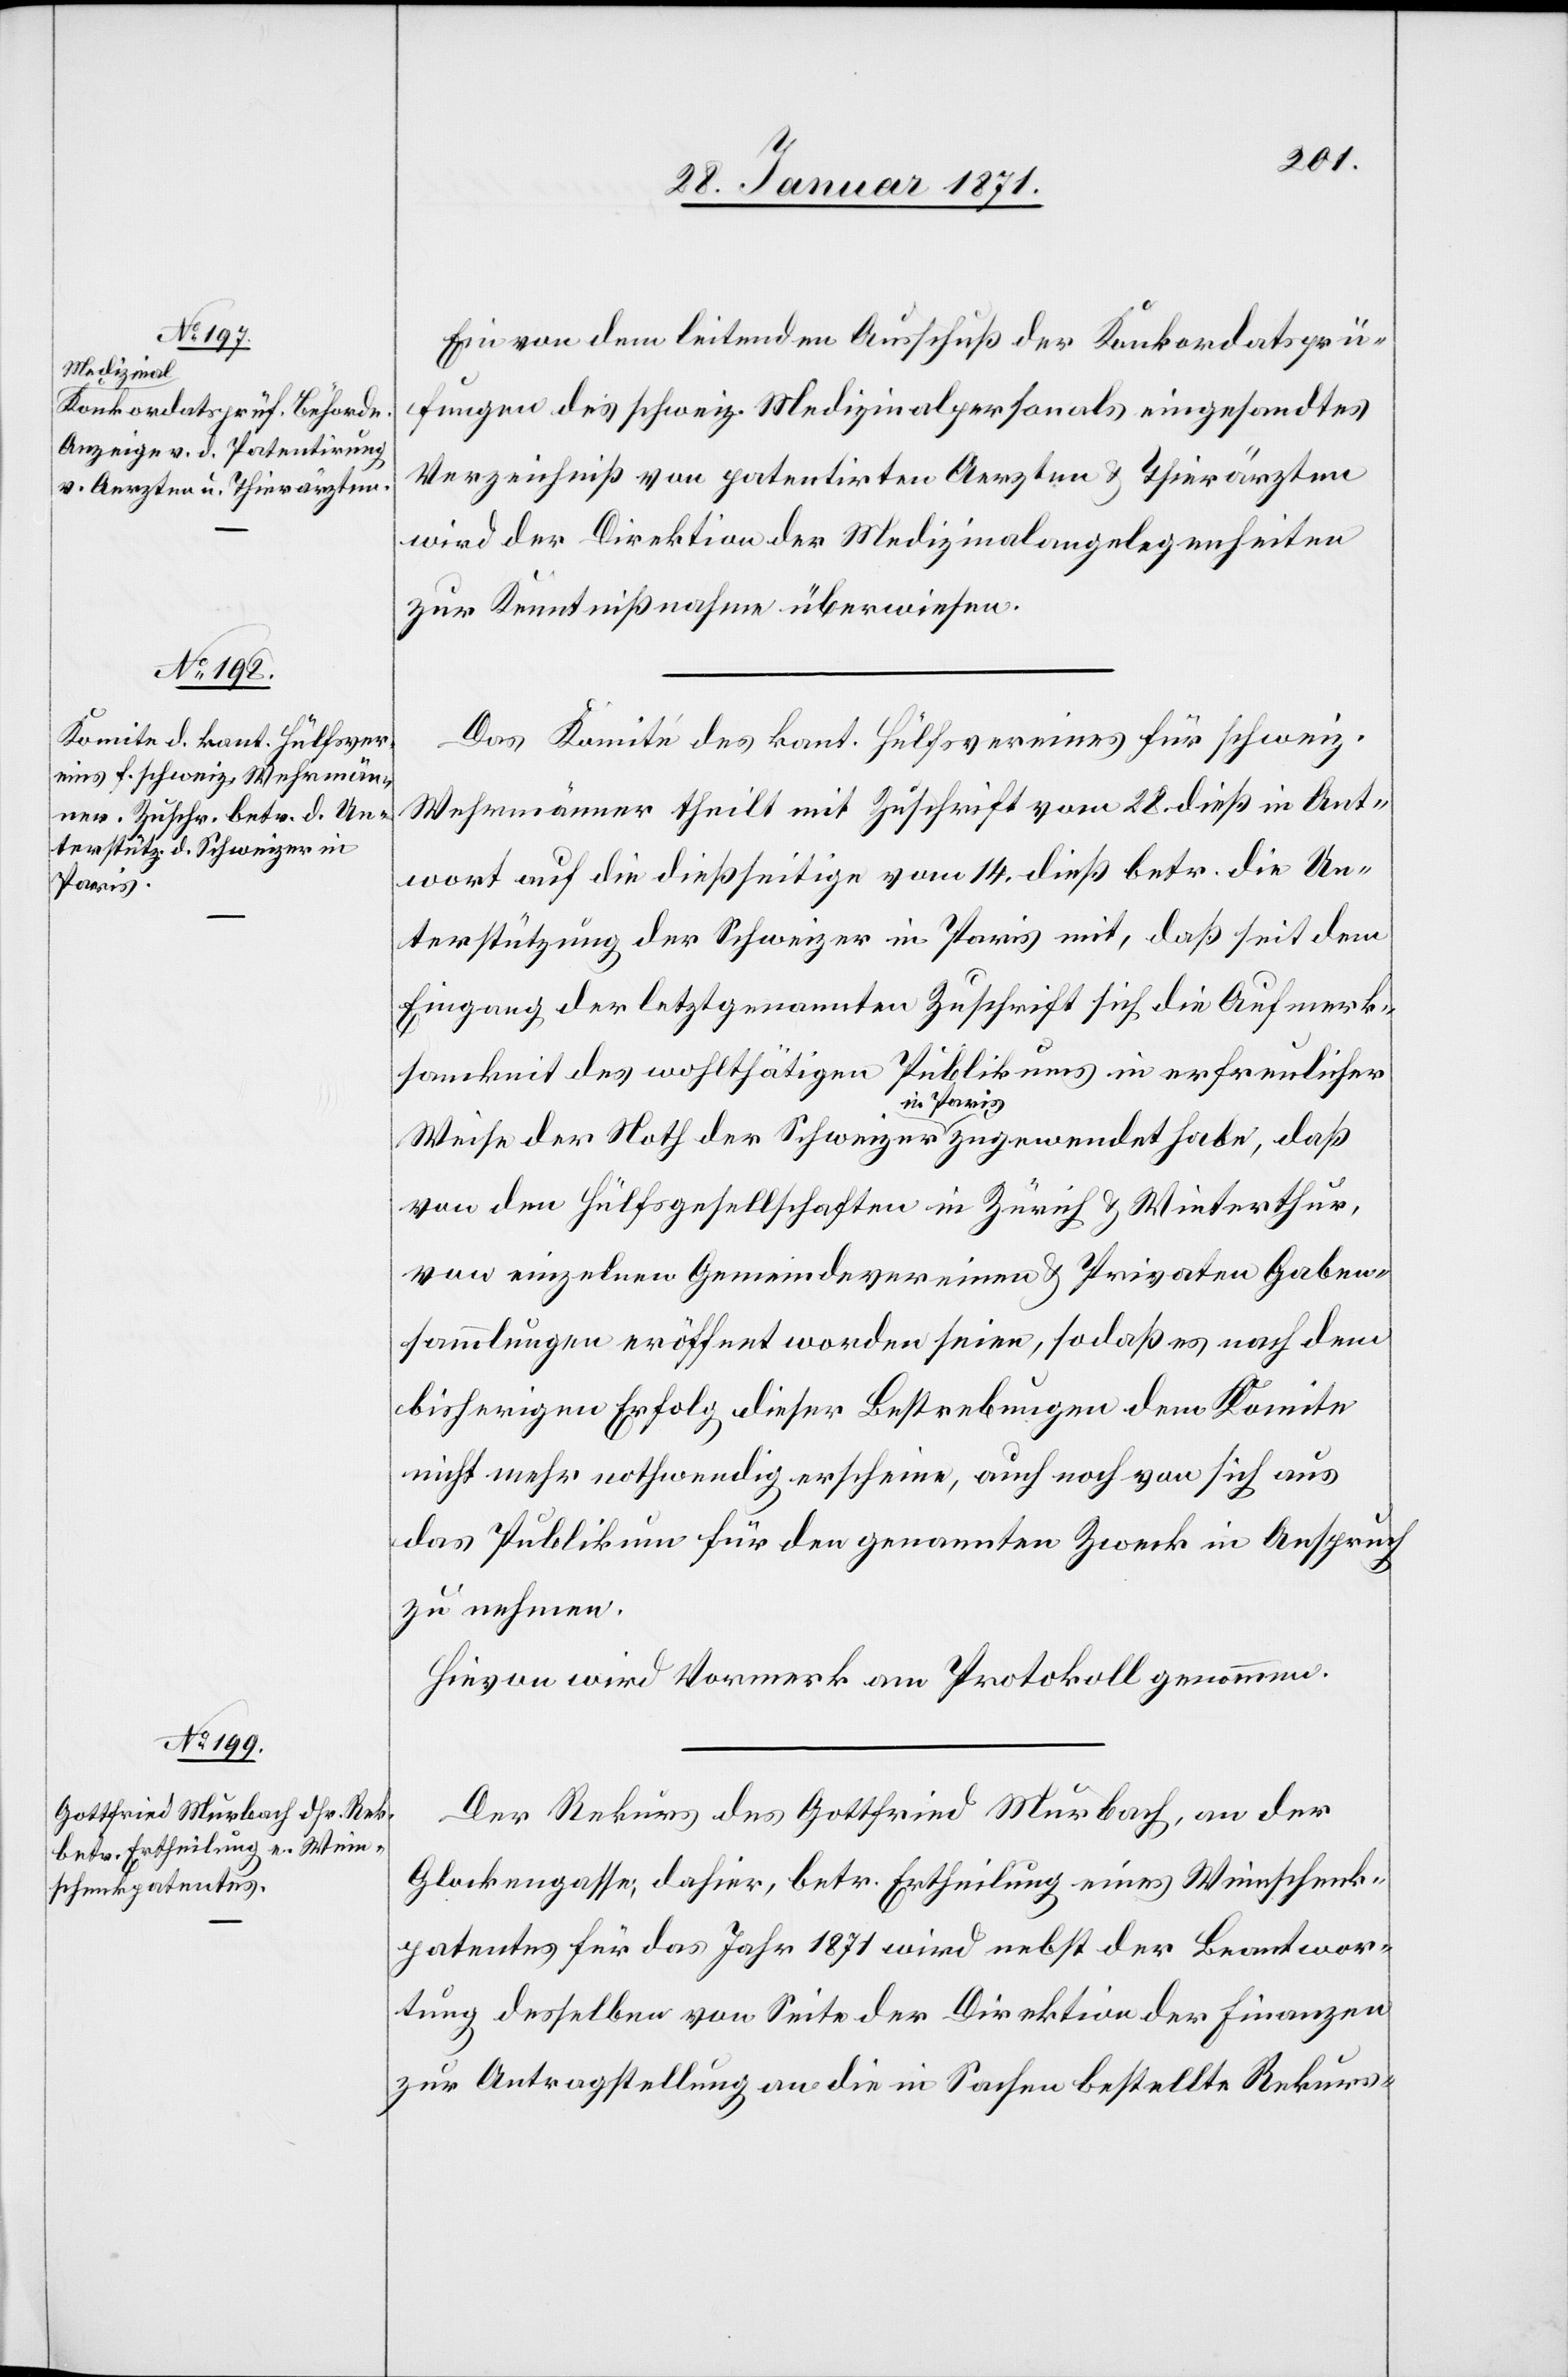
Ein von dem leitenden Ausschuß der Konkordatsprü¬
fungen des schweiz. Medizinalpersonals eingesandtes
Verzeichniß von patentirten Aerzten u. Thierärzten
wird der Direktion der Medizinalangelegenheiten
zur Kenntnißnahme überwiesen.
Das Komité des kant. Hülfsvereines für schweiz.
Wehrmänner theilt mit Zuschrift vom 28. dieß in Ant¬
wort auf die dießseitige vom 14. dieß betr. die Un¬
terstützung der Schweizer in Paris mit, daß seit dem
Eingang der letztgenannten Zuschrift sich die Aufmerk¬
samkeit des wohltätigen Publikums in erfreulicher
Weise der Noth der Schweizer in Paris zugewendet habe, daß
von den Hülfsgesellschaften in Zürich u. Winterthur,
von einzelnen Gemeindevereinen u. Privaten Gaben¬
sammlungen eröffnet worden seien, sodaß es nach dem
bisherigen Erfolg dieser Bestrebungen dem Komitee
nicht mehr nothwendig erscheine, auch noch von sich aus
das Publikum für den genannten Zweck in Anspruch
zu nehmen.
Hievon wird Vormerk am Protokoll genommen.
Der Rekurs des Gottfried Murbach, an der
Glockengasse, dahier, betr. Ertheilung eines Weinschenk¬
patentes für das Jahr 1871 wird nebst der Beantwor¬
tung desselben von Seite der Direktion der Finanzen
zur Antragstellung an die in Sachen bestellte Rekurs-